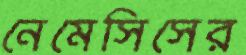
নেমেসিসের